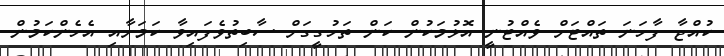
ކުއްޖާ ފާހަނަ ތައްޓަށް ވެއްޓުނީ އޮޅުމަކުން ކަން ތަހުގީގަށް ސާބިތުވެފައިވާ ކަމަށާއި އެހެންކަމުން